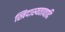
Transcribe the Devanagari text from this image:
स्त्रिदास्यतावादि